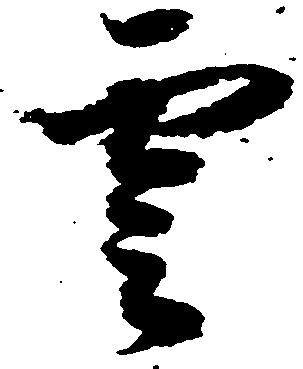
雲